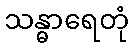
သန္ဓာရေတုံ